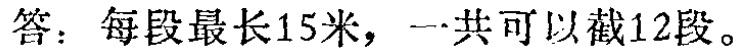
答：每段最长15米，一共可以截12段。